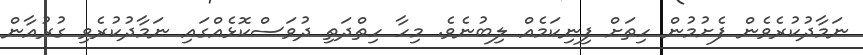
ނަމާދުކުރެވެން ފެށުމުން ހިތަށް ފިނިކަމެއް ލިބުނެވެ. މިހާ ހިތްދަތި ދުވަސްކޮޅެއްގައި ނަމާދުކުރެވި ގުރުއާން